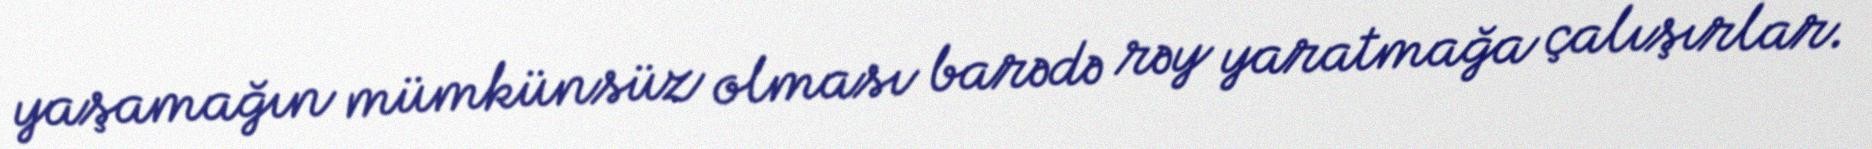
yaşamağın mümkünsüz olması barədə rəy yaratmağa çalışırlar.